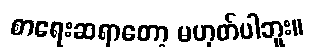
စာရေးဆရာတော့ မဟုတ်ပါဘူး။